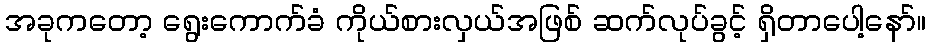
အခုကတော့ ရွေးကောက်ခံ ကိုယ်စားလှယ်အဖြစ် ဆက်လုပ်ခွင့် ရှိတာပေါ့နော်။